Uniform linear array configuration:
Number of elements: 64
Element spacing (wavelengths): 1
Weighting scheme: hamming
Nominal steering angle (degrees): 45
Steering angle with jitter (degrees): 45.672
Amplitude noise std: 0.05
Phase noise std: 0.05

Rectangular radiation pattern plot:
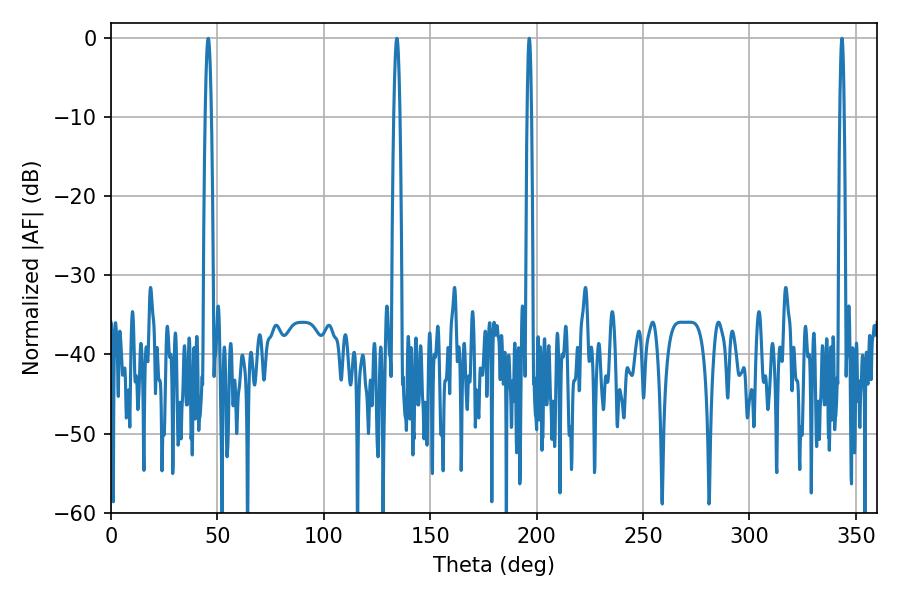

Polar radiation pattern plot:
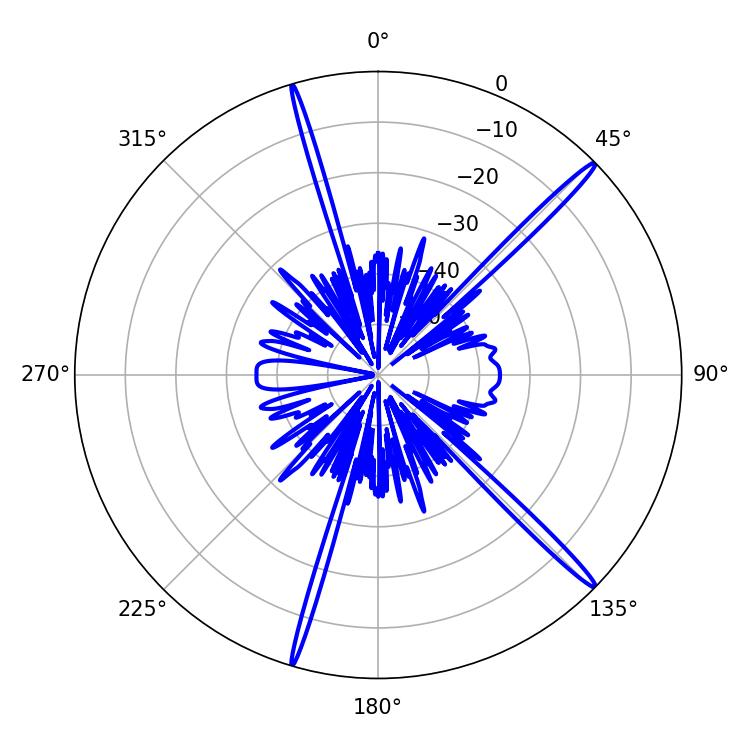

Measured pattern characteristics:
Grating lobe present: TRUE
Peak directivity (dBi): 18.03
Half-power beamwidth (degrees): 1.08
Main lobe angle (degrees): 343.44